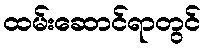
ထမ်းဆောင်ရာတွင်